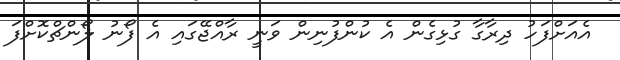
އެއަށްފަހު ދިރާގާ ގުޅިގެން އެ ކުންފުނިން ވަނީ ރާއްޖޭގައި އެ ފޯނު ލޯންޗްކޮށްފަ